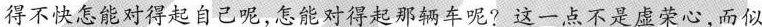
得不快怎能对得起自己呢，怎能对得起那辆车呢?这一点不是虚荣心，而似